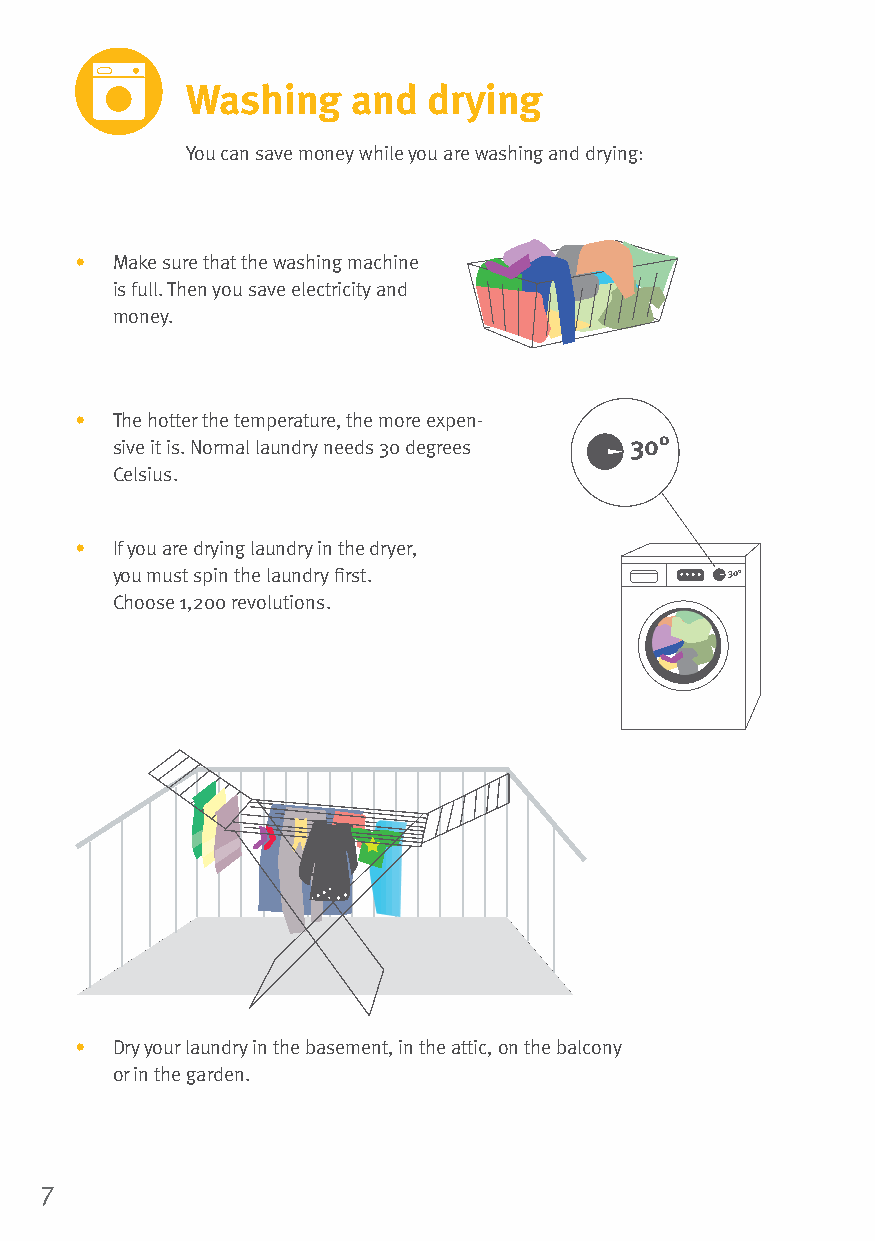
Washing    and  drying
 You can save money while you are washing and drying:
 • Make sure that the washing machine
 is full. Then you save electricity and
 money.
 • The hotter the temperature, the more expen-
 sive it is. Normal laundry needs 30 degrees 30 °
 Celsius.
 • If you are drying laundry in the dryer,
 you must spin the laundry first.         30°
 Choose 1,200 revolutions.
 • Dry your laundry in the basement, in the attic, on the balcony
 or in the garden.
 7